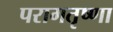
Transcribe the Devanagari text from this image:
परागतृष्णा